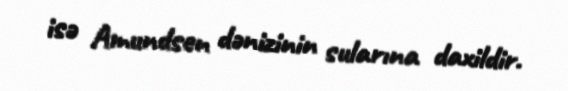
isə Amundsen dənizinin sularına daxildir.